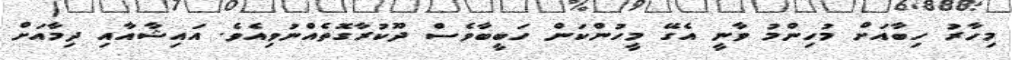
މިހާރު ހިބާއަށް މުހިންމު ވާނީ އެގޭ މީހުންކަން ހަބީބާވެސް ދޫކުރާގޮތެއްނުވިއެވެ. އައިޝާއާއި ދިމާއަށް